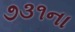
૭૩૧ના